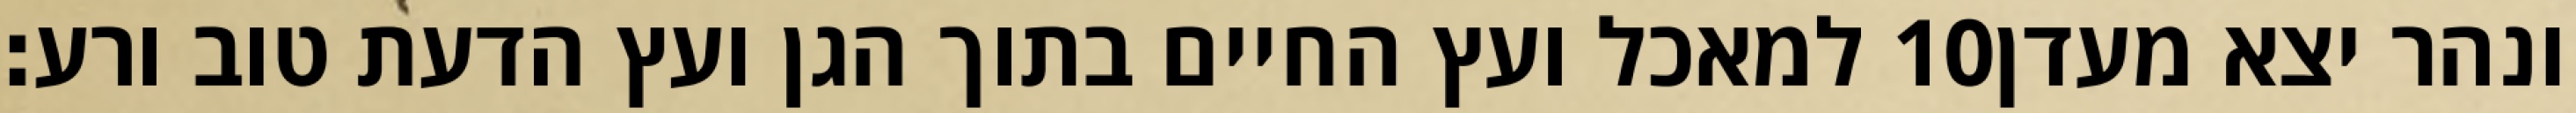
למאכל ועץ החיים בתוך הגן ועץ הדעת טוב ורע׃ ‎10‏ ונהר יצא מעדן